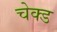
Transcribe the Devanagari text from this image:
चेक्ड